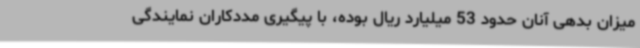
میزان بدهی آنان حدود 53 میلیارد ریال بوده، با پیگیری مددکاران نمایندگی